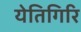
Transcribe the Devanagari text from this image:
येतिगिरि